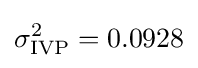
\sigma _{\mathrm {IVP} }^{2}=0.0928